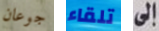
جوعان تلقاء إلى